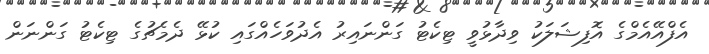
އެފްއޭއެމްގެ އޮފިޝަލަކު ވިދާޅުވީ ޓިކެޓު ގަންނައިރު އެދުވަހެއްގައި ކުޅޭ ދެމެޗުގެ ޓިކެޓު ގަންނަން